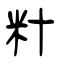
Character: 籵